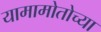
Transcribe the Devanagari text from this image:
यामामोतोच्या